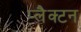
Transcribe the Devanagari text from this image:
प्लैक्टन